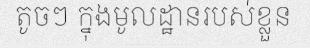
តូចៗ ក្នុងមូលដ្ឋានរបស់ខ្លួន